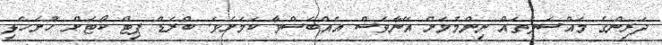
ދަރިންގެ މައްސަލަތައް ނިންމުމަށް އޭނާވެސް އެއްބަސްވާ ކަމަށެވެ. ބްރެޑް ޕިޓް ކޯޓަށް ހުށަހެޅި